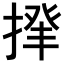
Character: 𢰰